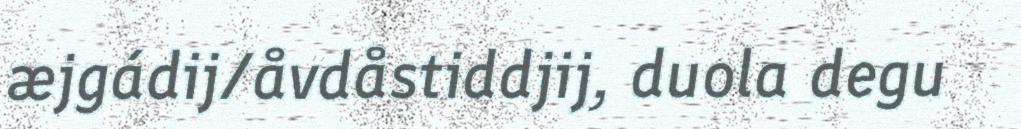
æjgádij/åvdåstiddjij, duola degu